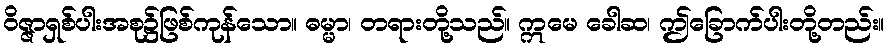
ဝိဇ္ဇာရှစ်ပါးအစု၌ဖြစ်ကုန်သော။ ဓမ္မာ၊ တရားတို့သည်။ ဣမေ ခေါဆ၊ ဤခြောက်ပါးတို့တည်း။